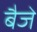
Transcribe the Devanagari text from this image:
बैजे